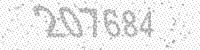
Solution: 207684